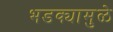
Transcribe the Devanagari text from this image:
भडक्यामुळे